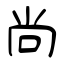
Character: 尚